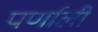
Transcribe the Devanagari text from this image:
पर्णाली